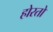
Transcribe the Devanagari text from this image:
होरतो